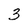
Character: 3